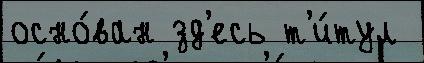
осно́ван зд'есь т'и́тул